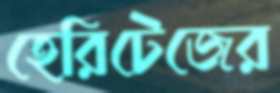
হেরিটেজের